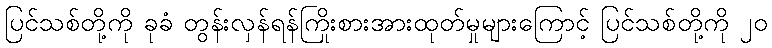
ပြင်သစ်တို့ကို ခုခံ တွန်းလှန်ရန်ကြိုးစားအားထုတ်မှုများကြောင့် ပြင်သစ်တို့ကို ၂၀